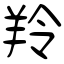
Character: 羚